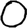
Digit: 0